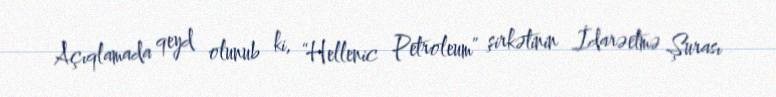
Açıqlamada qeyd olunub ki, “Hellenic Petroleum” şirkətinin İdarəetmə Şurası